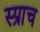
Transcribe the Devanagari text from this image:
स्प्राच